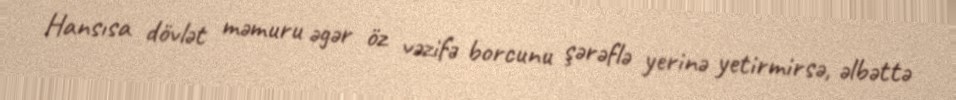
Hansısa dövlət məmuru əgər öz vəzifə borcunu şərəflə yerinə yetirmirsə, əlbəttə